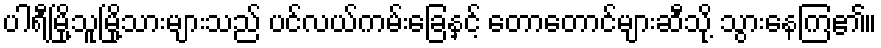
ပါရီမြို့သူမြို့သားများသည် ပင်လယ်ကမ်းခြေနှင့် တောတောင်များဆီသို့ သွားနေကြ၏။